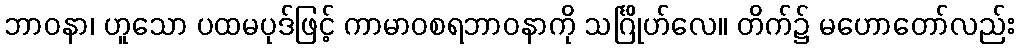
ဘာဝနာ၊ ဟူသော ပထမပုဒ်ဖြင့် ကာမာဝစရဘာဝနာကို သင်္ဂြိုဟ်လေ။ တိက်၌ မဟောတော်လည်း